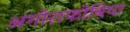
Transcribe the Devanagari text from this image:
अगोराफोबिया